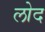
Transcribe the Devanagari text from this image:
लोद